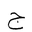
Letter: _gim